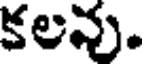
కలవు.